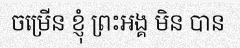
ចម្រើន ខ្ញុំ ព្រះអង្គ មិន បាន